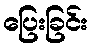
ပြေးခြင်း